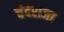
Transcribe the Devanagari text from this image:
चंदराजा